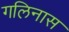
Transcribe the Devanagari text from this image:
गलिनास